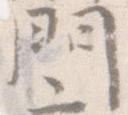
門